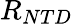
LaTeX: R_{NTD}